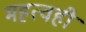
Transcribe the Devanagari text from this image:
महत्वही